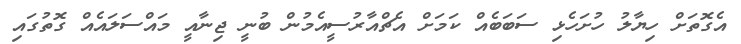
އެގޮތަށް ހިޔާލު ހުށަހެޅި ސަބަބެއް ކަމަށް އެޗްއާރުސީއެމުން ބުނީ ޖިނާއީ މައްސަލައެއް ގޮތުގައި